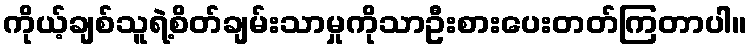
ကိုယ့်ချစ်သူရဲ့စိတ်ချမ်းသာမှုကိုသာဦးစားပေးတတ်ကြတာပါ။